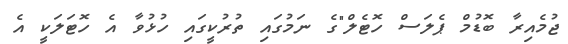
ޖުމެއިރާ ބޮޑުމް ޕެލަސް ހޮޓެލް"ގެ ނަމުގައި ތުރުކީގައި ހުޅުވާ އެ ހޮޓަލަކީ އެ